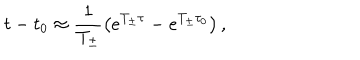
t - t _ { 0 } \approx \frac { 1 } { T _ { \pm } } \left( e ^ { T _ { \pm } \tau } - e ^ { T _ { \pm } \tau _ { 0 } } \right) ,